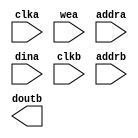
module pcr_interval_ram(
  clka,
  wea,
  addra,
  dina,
  clkb,
  addrb,
  doutb
);

input clka;
input [0 : 0] wea;
input [7 : 0] addra;
input [78 : 0] dina;
input clkb;
input [7 : 0] addrb;
output [78 : 0] doutb;

// synthesis translate_off

  BLK_MEM_GEN_V7_3 #(
    .C_ADDRA_WIDTH(8),
    .C_ADDRB_WIDTH(8),
    .C_ALGORITHM(1),
    .C_AXI_ID_WIDTH(4),
    .C_AXI_SLAVE_TYPE(0),
    .C_AXI_TYPE(1),
    .C_BYTE_SIZE(9),
    .C_COMMON_CLK(1),
    .C_DEFAULT_DATA("0"),
    .C_DISABLE_WARN_BHV_COLL(0),
    .C_DISABLE_WARN_BHV_RANGE(0),
    .C_ENABLE_32BIT_ADDRESS(0),
    .C_FAMILY("kintex7"),
    .C_HAS_AXI_ID(0),
    .C_HAS_ENA(0),
    .C_HAS_ENB(0),
    .C_HAS_INJECTERR(0),
    .C_HAS_MEM_OUTPUT_REGS_A(0),
    .C_HAS_MEM_OUTPUT_REGS_B(1),
    .C_HAS_MUX_OUTPUT_REGS_A(0),
    .C_HAS_MUX_OUTPUT_REGS_B(0),
    .C_HAS_REGCEA(0),
    .C_HAS_REGCEB(0),
    .C_HAS_RSTA(0),
    .C_HAS_RSTB(0),
    .C_HAS_SOFTECC_INPUT_REGS_A(0),
    .C_HAS_SOFTECC_OUTPUT_REGS_B(0),
    .C_INIT_FILE("BlankString"),
    .C_INIT_FILE_NAME("pcr_interval_ram.mif"),
    .C_INITA_VAL("0"),
    .C_INITB_VAL("0"),
    .C_INTERFACE_TYPE(0),
    .C_LOAD_INIT_FILE(1),
    .C_MEM_TYPE(1),
    .C_MUX_PIPELINE_STAGES(0),
    .C_PRIM_TYPE(1),
    .C_READ_DEPTH_A(256),
    .C_READ_DEPTH_B(256),
    .C_READ_WIDTH_A(79),
    .C_READ_WIDTH_B(79),
    .C_RST_PRIORITY_A("CE"),
    .C_RST_PRIORITY_B("CE"),
    .C_RST_TYPE("SYNC"),
    .C_RSTRAM_A(0),
    .C_RSTRAM_B(0),
    .C_SIM_COLLISION_CHECK("ALL"),
    .C_USE_BRAM_BLOCK(0),
    .C_USE_BYTE_WEA(0),
    .C_USE_BYTE_WEB(0),
    .C_USE_DEFAULT_DATA(0),
    .C_USE_ECC(0),
    .C_USE_SOFTECC(0),
    .C_WEA_WIDTH(1),
    .C_WEB_WIDTH(1),
    .C_WRITE_DEPTH_A(256),
    .C_WRITE_DEPTH_B(256),
    .C_WRITE_MODE_A("READ_FIRST"),
    .C_WRITE_MODE_B("READ_FIRST"),
    .C_WRITE_WIDTH_A(79),
    .C_WRITE_WIDTH_B(79),
    .C_XDEVICEFAMILY("kintex7")
  )
  inst (
    .CLKA(clka),
    .WEA(wea),
    .ADDRA(addra),
    .DINA(dina),
    .CLKB(clkb),
    .ADDRB(addrb),
    .DOUTB(doutb),
    .RSTA(),
    .ENA(),
    .REGCEA(),
    .DOUTA(),
    .RSTB(),
    .ENB(),
    .REGCEB(),
    .WEB(),
    .DINB(),
    .INJECTSBITERR(),
    .INJECTDBITERR(),
    .SBITERR(),
    .DBITERR(),
    .RDADDRECC(),
    .S_ACLK(),
    .S_ARESETN(),
    .S_AXI_AWID(),
    .S_AXI_AWADDR(),
    .S_AXI_AWLEN(),
    .S_AXI_AWSIZE(),
    .S_AXI_AWBURST(),
    .S_AXI_AWVALID(),
    .S_AXI_AWREADY(),
    .S_AXI_WDATA(),
    .S_AXI_WSTRB(),
    .S_AXI_WLAST(),
    .S_AXI_WVALID(),
    .S_AXI_WREADY(),
    .S_AXI_BID(),
    .S_AXI_BRESP(),
    .S_AXI_BVALID(),
    .S_AXI_BREADY(),
    .S_AXI_ARID(),
    .S_AXI_ARADDR(),
    .S_AXI_ARLEN(),
    .S_AXI_ARSIZE(),
    .S_AXI_ARBURST(),
    .S_AXI_ARVALID(),
    .S_AXI_ARREADY(),
    .S_AXI_RID(),
    .S_AXI_RDATA(),
    .S_AXI_RRESP(),
    .S_AXI_RLAST(),
    .S_AXI_RVALID(),
    .S_AXI_RREADY(),
    .S_AXI_INJECTSBITERR(),
    .S_AXI_INJECTDBITERR(),
    .S_AXI_SBITERR(),
    .S_AXI_DBITERR(),
    .S_AXI_RDADDRECC()
  );

// synthesis translate_on

endmodule